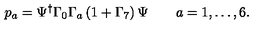
p _ { a } = \Psi ^ { \dagger } \Gamma _ { 0 } \Gamma _ { a } \left( 1 + \Gamma _ { 7 } \right) \Psi \qquad a = 1 , \dots , 6 .